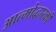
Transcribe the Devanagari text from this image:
आत्मोद्धारकी